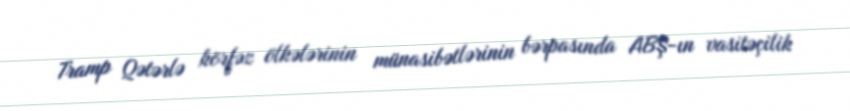
Tramp Qətərlə körfəz ölkələrinin münasibətlərinin bərpasında ABŞ-ın vasitəçilik